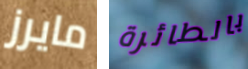
مايرز بالطائرة